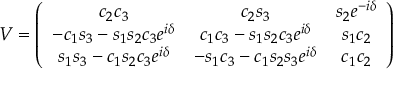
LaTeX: V = \left( \begin{array} { c c c } { { c _ { 2 } c _ { 3 } } } & { { c _ { 2 } s _ { 3 } } } & { { s _ { 2 } e ^ { - i \delta } } } \\ { { - c _ { 1 } s _ { 3 } - s _ { 1 } s _ { 2 } c _ { 3 } e ^ { i \delta } } } & { { c _ { 1 } c _ { 3 } - s _ { 1 } s _ { 2 } c _ { 3 } e ^ { i \delta } } } & { { s _ { 1 } c _ { 2 } } } \\ { { s _ { 1 } s _ { 3 } - c _ { 1 } s _ { 2 } c _ { 3 } e ^ { i \delta } } } & { { - s _ { 1 } c _ { 3 } - c _ { 1 } s _ { 2 } s _ { 3 } e ^ { i \delta } } } & { { c _ { 1 } c _ { 2 } } } \end{array} \right)